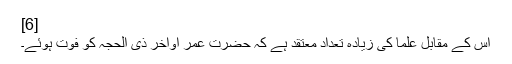
[6]
اس کے مقابل علما کی زیادہ تعداد معتقد ہے کہ حضرت عمر اواخر ذی الحجہ کو فوت ہوئے۔